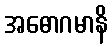
အဓောဂမာနိ